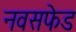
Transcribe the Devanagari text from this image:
नवसफेड